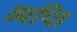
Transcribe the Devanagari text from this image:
व्यप्ति